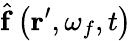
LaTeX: \hat{\mathbf{f}}\left(\mathbf{r}^{\prime},\omega_{f},t\right)